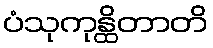
ပံသုကုန္ထိတာတိ